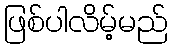
ဖြစ်ပါလိမ့်မည်